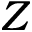
Z